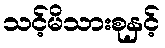
သင့်မိသားစုနှင့်